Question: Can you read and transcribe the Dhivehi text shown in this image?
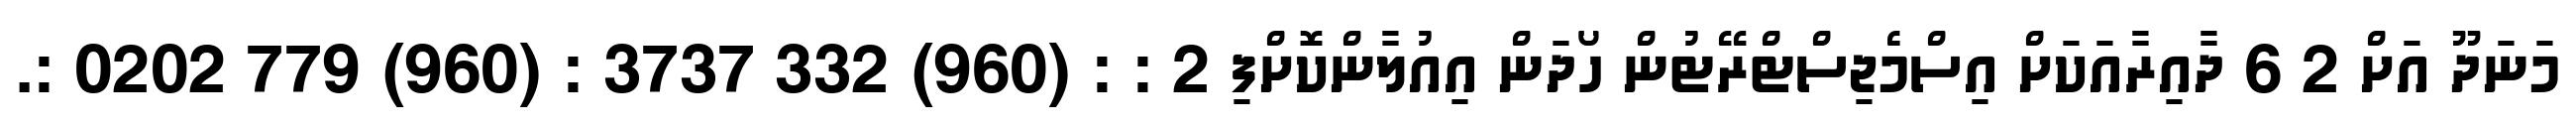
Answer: މަނަދޫ އަށް 2 6 ދާއިރާއަކަށް އިސްމެޖިސްޓްރޭޓުން ހޯދަން އިއުލާންކޮށްފި 2 : : (960) 332 3737 : (960) 779 0202 :.